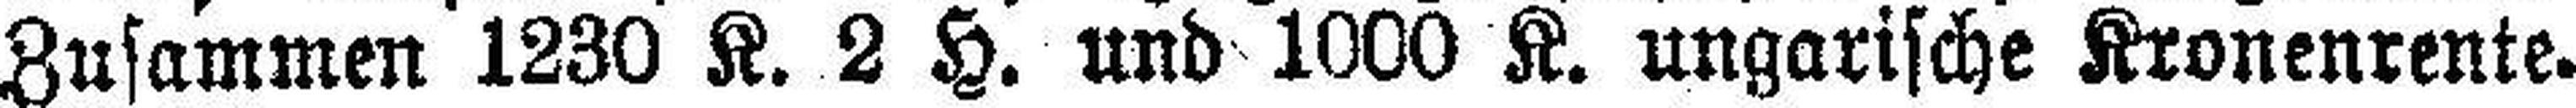
Zusammen 1230 K. 2 H. und 1000 K. ungarische Kronenrente.